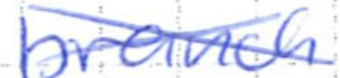
Text: branch
Cross-out: cross
Writing tool: ballpoint